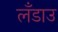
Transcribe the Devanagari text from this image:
लँडाउ